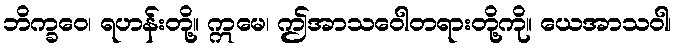
ဘိက္ခဝေ၊ ရဟန်းတို့။ ဣမေ၊ ဤအာသဝေါတရားတို့ကို။ ယေအာသဝါ၊